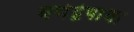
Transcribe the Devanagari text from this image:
वर्णद्वेषाचा